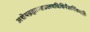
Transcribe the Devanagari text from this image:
अशेषब्रह्माण्डप्रलयविधिनैसर्गिकमतिः